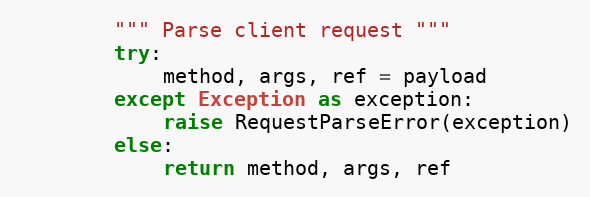
Language: Python
        """ Parse client request """
        try:
            method, args, ref = payload
        except Exception as exception:
            raise RequestParseError(exception)
        else:
            return method, args, ref